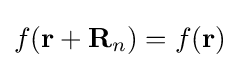
f(\mathbf {r} +\mathbf {R} _{n})=f(\mathbf {r} )